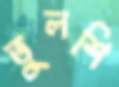
তুলশি